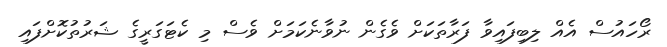
ރޯހައުސް އެއް ލިބިފައިވާ ފަރާތަކަށް ވެގެން ނުވާނެކަމަށް ވެސް މި ކެޓަގަރީގެ ޝަރުތުކޮށްފައި